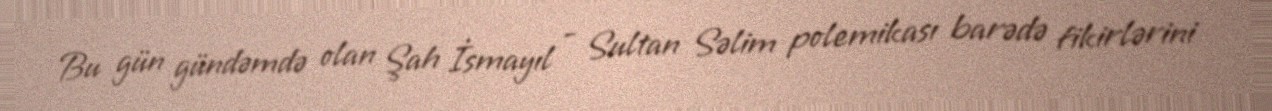
Bu gün gündəmdə olan Şah İsmayıl - Sultan Səlim polemikası barədə fikirlərini